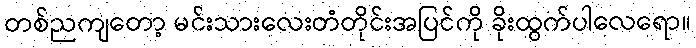
တစ်ညကျတော့ မင်းသားလေးတံတိုင်းအပြင်ကို ခိုးထွက်ပါလေရော။